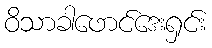
ဝိသာခါဖောင်ဒေးရှင်း